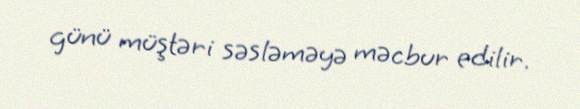
günü müştəri səsləməyə məcbur edilir.